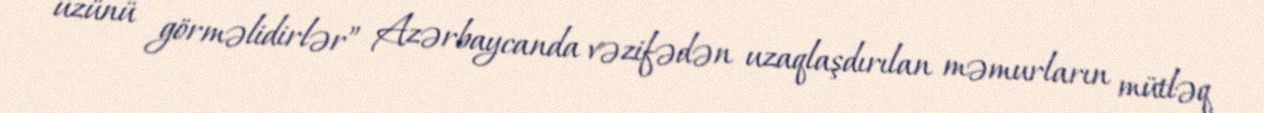
üzünü görməlidirlər” Azərbaycanda vəzifədən uzaqlaşdırılan məmurların mütləq